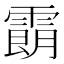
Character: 𩄹